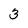
Character: 3